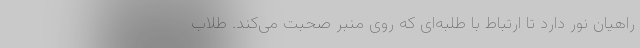
راهیان نور دارد تا ارتباط با طلبه‌ای که روی منبر صحبت می‌کند. طلاب